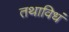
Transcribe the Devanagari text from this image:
तथाविधं